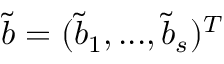
\tilde { b } = ( \tilde { b } _ { 1 } , . . . , \tilde { b } _ { s } ) ^ { T }